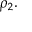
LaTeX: \rho _ { 2 } .